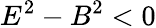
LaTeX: E^{2}-B^{2}<0